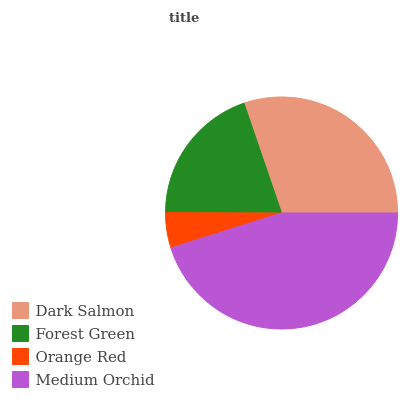
| Dark Salmon | Forest Green | Orange Red | Medium Orchid |
 | --- | --- | --- | --- |
 | 30.2% | 19.7% | 4.91% | 45.2% |